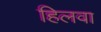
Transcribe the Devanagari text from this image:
हिलवा